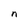
Character: n